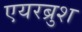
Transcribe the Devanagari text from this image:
एयरब्रुश